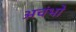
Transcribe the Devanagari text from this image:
अचंभो